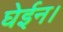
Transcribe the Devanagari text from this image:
घेईन।